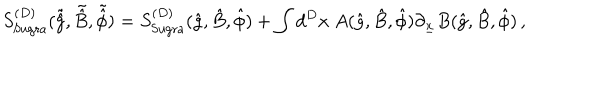
S _ { \mathrm { { S u g r a } } } ^ { ( D ) } ( \tilde { \hat { g } } , \tilde { \hat { B } } , \tilde { \hat { \phi } } ) = S _ { \mathrm { S u g r a } } ^ { ( D ) } ( \hat { g } , \hat { B } , \hat { \phi } ) + \int d ^ { D } x \ A ( \hat { g } , \hat { B } , \hat { \phi } ) \partial _ { \underline { { { x } } } } B ( \hat { g } , \hat { B } , \hat { \phi } ) \, ,